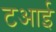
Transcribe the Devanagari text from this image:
टआई